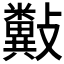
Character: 𣀲